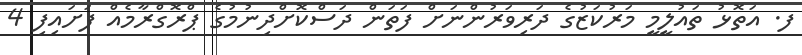
ފ. އަތޮޅު ތައުލީމީ މަރުކަޒުގެ ދަރިވަރުންނަށް ފަތަން ދަސްކޮށްދިނުމުގެ ޕްރޮގްރާމެއް ފަށައިފި 4